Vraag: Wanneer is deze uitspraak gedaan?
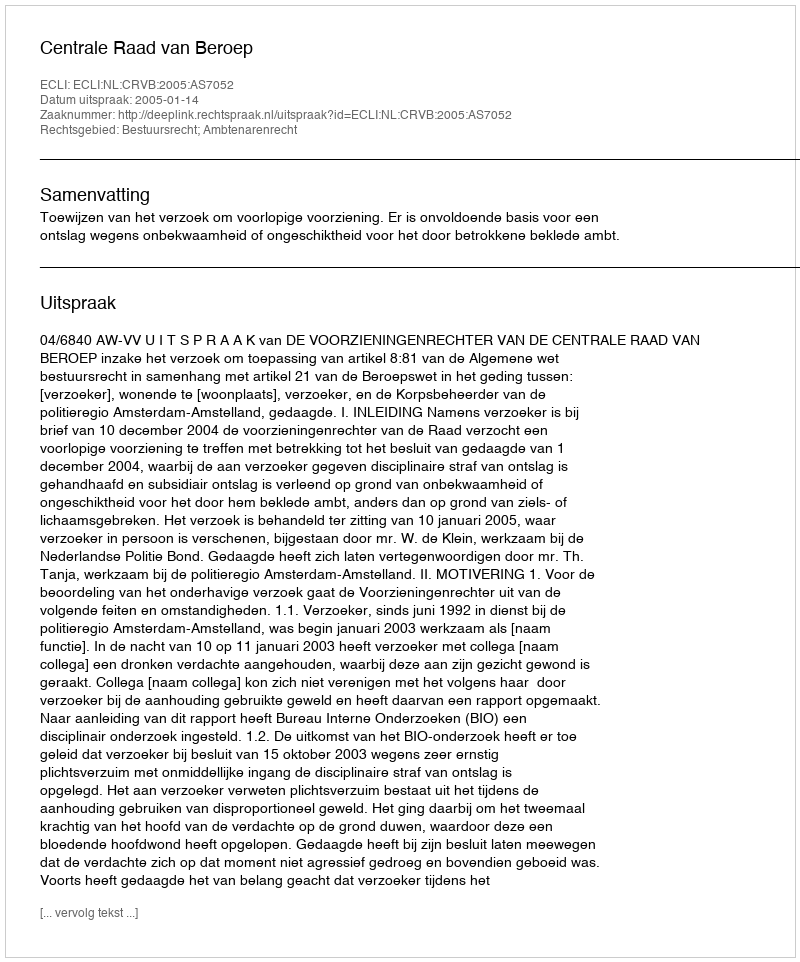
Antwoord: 2005-01-14